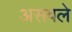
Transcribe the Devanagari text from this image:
असवले